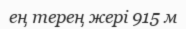
ең терең жері 915 м